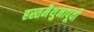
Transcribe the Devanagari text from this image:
हस्तमैथुनापूर्वी